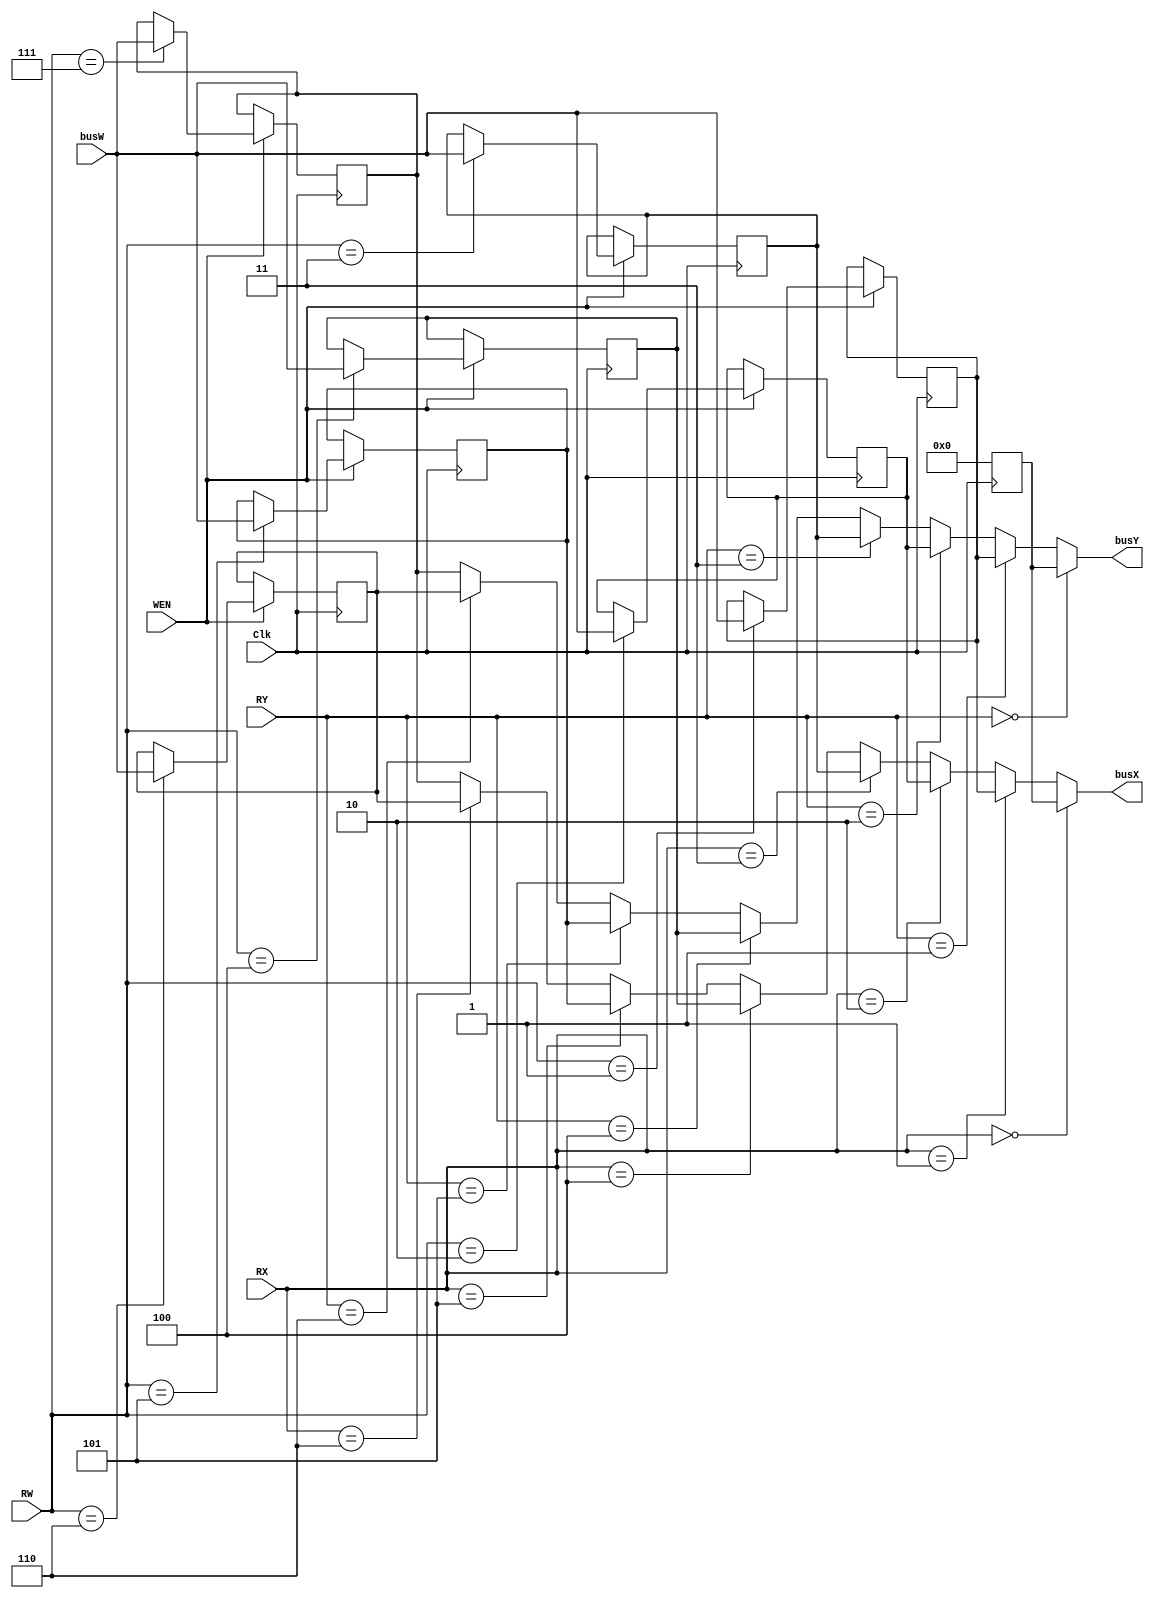
module register_file(
    Clk  ,
    WEN  ,
    RW   ,
    busW ,
    RX   ,
    RY   ,
    busX ,
    busY
);
input        Clk, WEN;
input  [2:0] RW, RX, RY;
input  [7:0] busW;
output [7:0] busX, busY;
    
// write your design here, you can delcare your own wires and regs. 
// The code below is just an eaxmple template
reg [7:0] r0_w, r1_w, r2_w, r3_w, r4_w, r5_w, r6_w, r7_w;
reg [7:0] r0_r, r1_r, r2_r, r3_r, r4_r, r5_r, r6_r, r7_r;



assign busX = RX == 3'b000 ? r0_r
            : RX == 3'b001 ? r1_r
            : RX == 3'b010 ? r2_r
            : RX == 3'b011 ? r3_r
            : RX == 3'b100 ? r4_r
            : RX == 3'b101 ? r5_r
            : RX == 3'b110 ? r6_r
            : r7_r;
assign busY = RY == 3'b000 ? r0_r
            : RY == 3'b001 ? r1_r
            : RY == 3'b010 ? r2_r
            : RY == 3'b011 ? r3_r
            : RY == 3'b100 ? r4_r
            : RY == 3'b101 ? r5_r
            : RY == 3'b110 ? r6_r
            : r7_r;
    
always@(*) begin
    r0_w        = r0_r;
    r1_w        = r1_r;
    r2_w        = r2_r;
    r3_w        = r3_r;
    r4_w        = r4_r;
    r5_w        = r5_r;
    r6_w        = r6_r;
    r7_w        = r7_r;
    if(WEN) begin
        case (RW)
            3'b001: r1_w = busW;
            3'b010: r2_w = busW;
            3'b011: r3_w = busW;
            3'b100: r4_w = busW;
            3'b101: r5_w = busW;
            3'b110: r6_w = busW;
            3'b111: r7_w = busW;
        endcase
    end
end

always@(posedge Clk) begin
    r0_r        <= 8'd0;
    r1_r        <= r1_w;
    r2_r        <= r2_w;
    r3_r        <= r3_w;
    r4_r        <= r4_w;
    r5_r        <= r5_w;
    r6_r        <= r6_w;
    r7_r        <= r7_w;
end	

endmodule